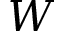
W